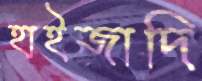
হাইজাদি